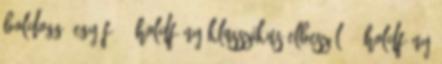
boldoggá egy fé 1 HOLDFÉNY Klasszikus elbeszélé 1 HOLDFÉNY